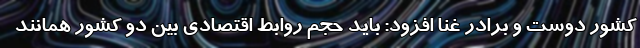
کشور دوست و برادر غنا افزود: باید حجم روابط اقتصادی بین دو کشور همانند